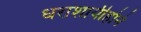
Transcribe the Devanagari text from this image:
धराशायीहोने